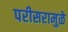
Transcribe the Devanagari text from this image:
परीसरामुळे